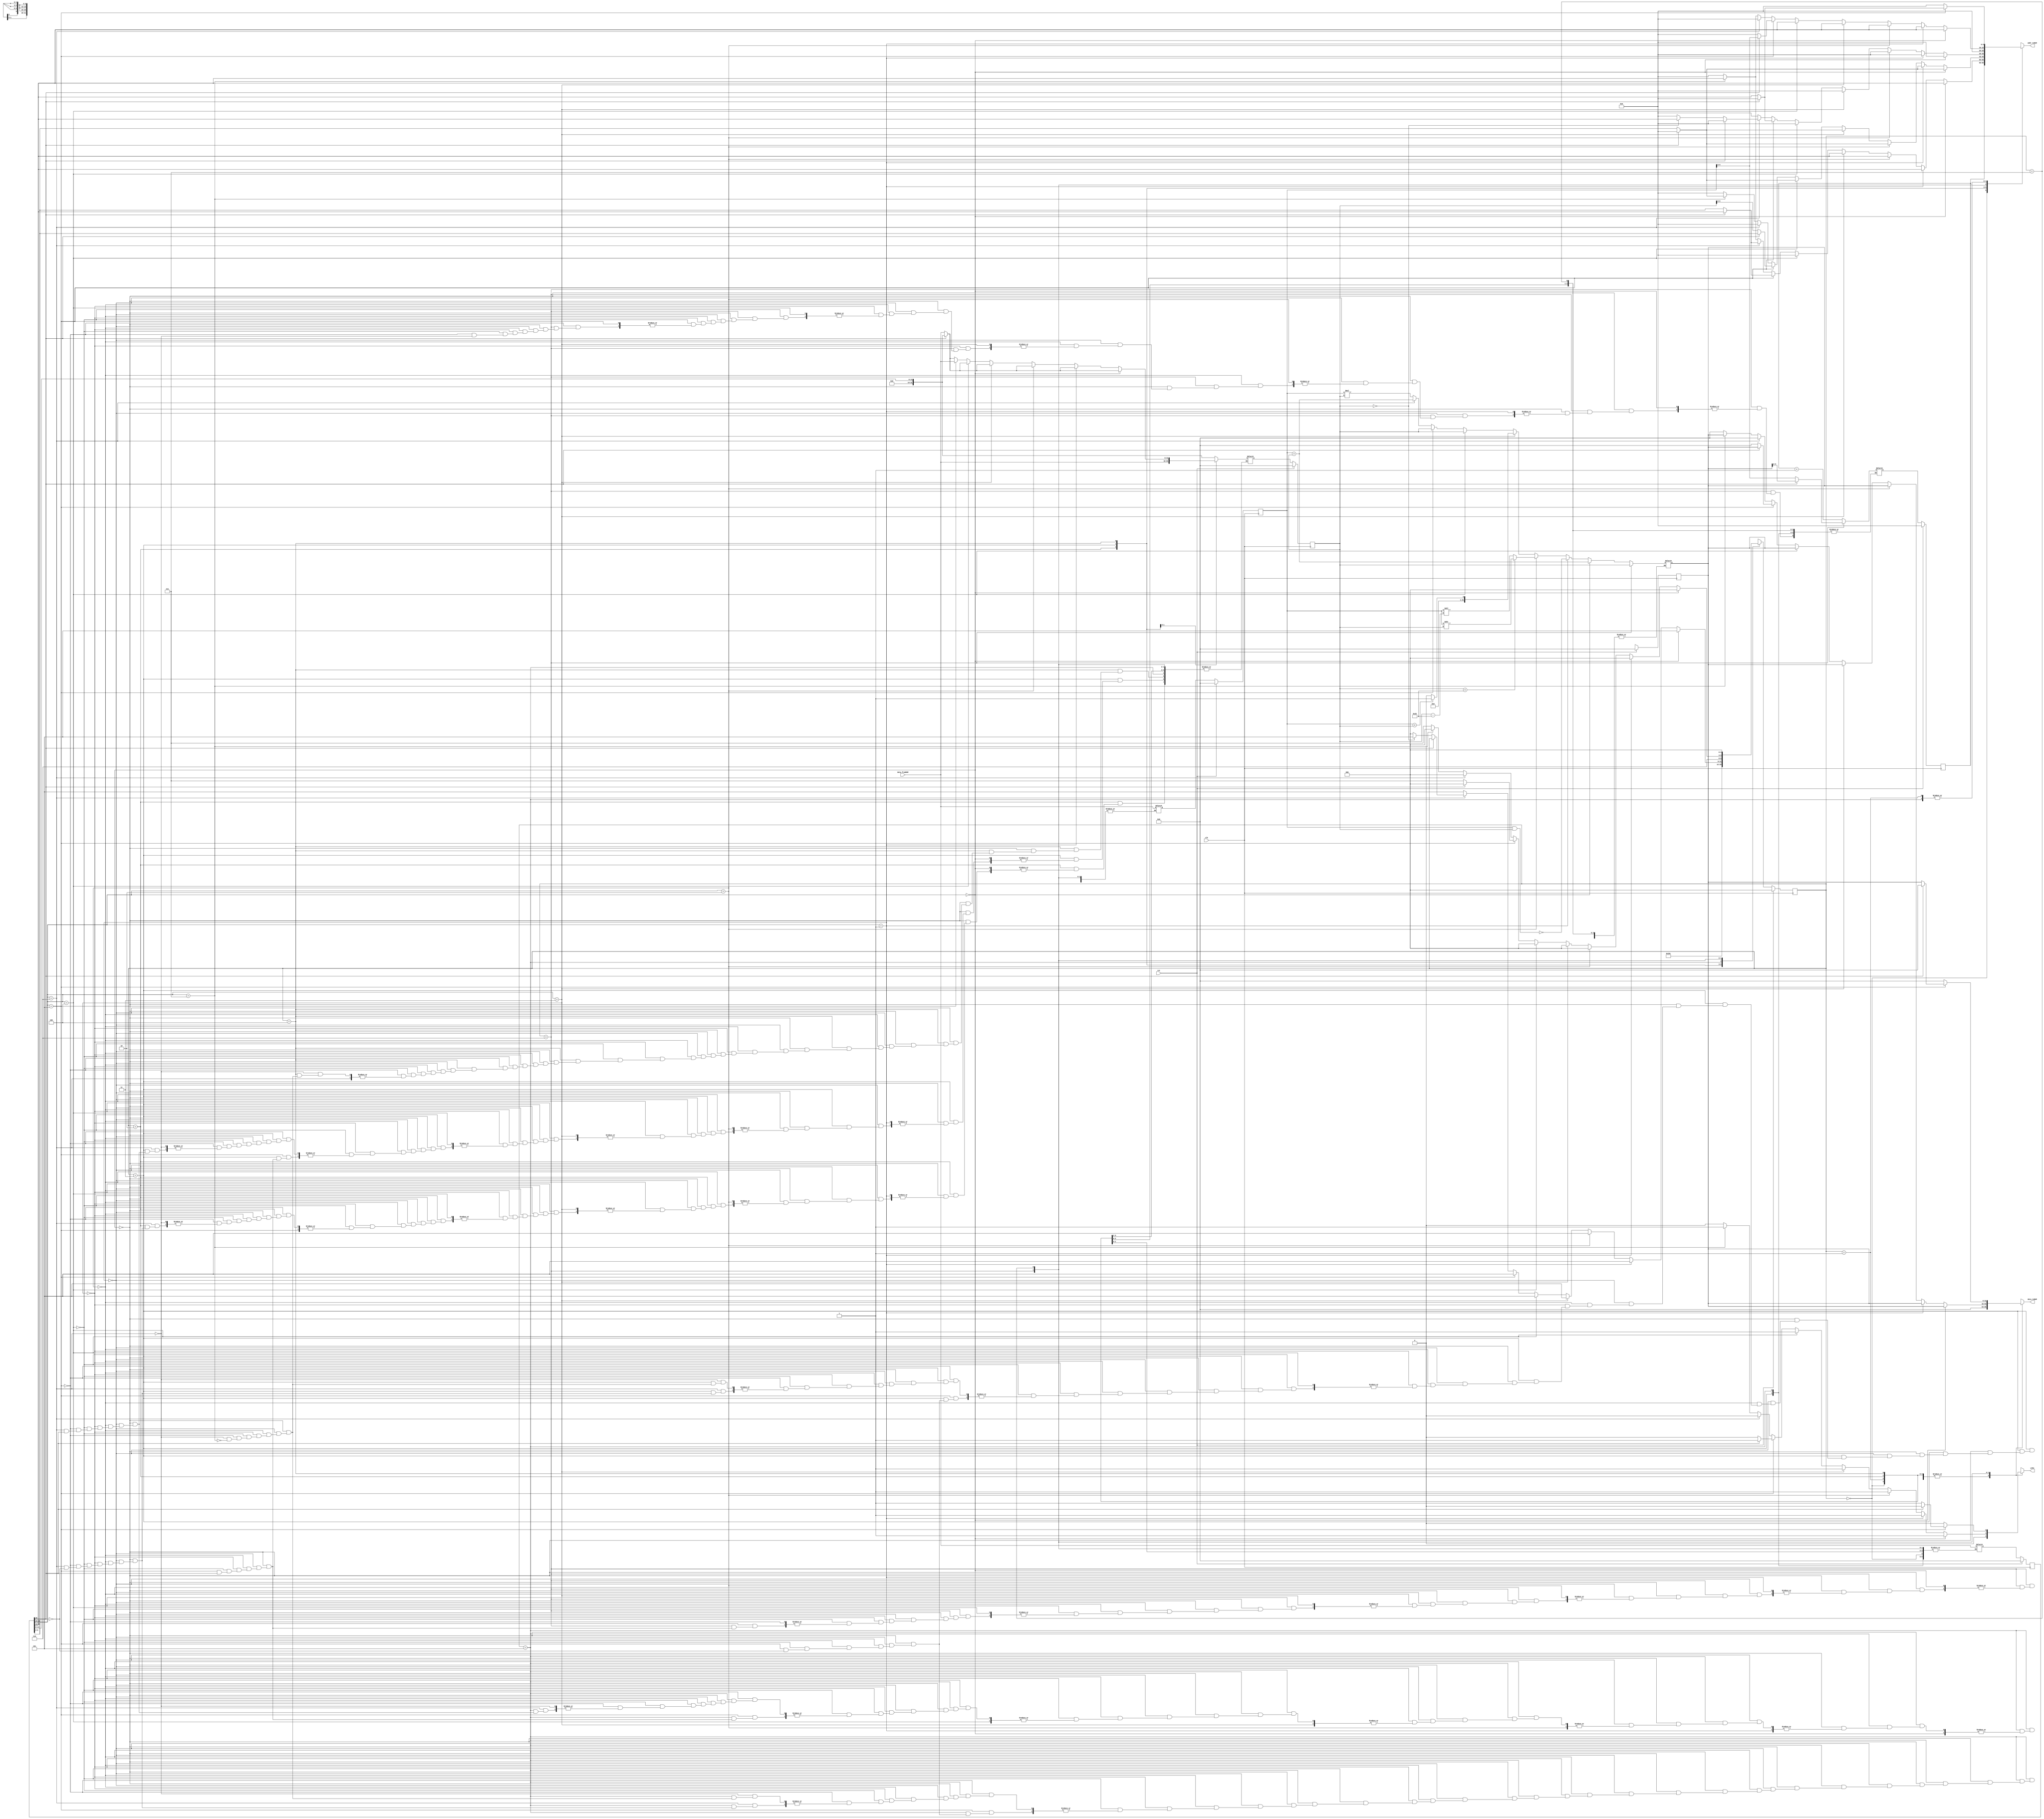

// ==================================================================================================================
// Name        : SimpleCpu
// Version     : 
// Copyright   : Gokhan Gobus
// Description :  Designed a CPU for simple  operations on the fpga chip. 
// =================================================================================================================


`timescale 1ns / 1ps
module SimpleCPU(clk, rst, data_fromRAM, wrEn, addr_toRAM, data_toRAM);

parameter SIZE = 10;

input clk, rst;
input wire [31:0] data_fromRAM;
output reg wrEn;
output reg [SIZE-1:0] addr_toRAM;
output reg [31:0] data_toRAM;



reg [2:0] stateCurrent,stateNext;
reg [31:0] reg1,reg1Next;
reg [31:0] reg2,reg2Next;
reg [31:0] result,resultNext;
reg [31:0] IW,IWNext;
reg [9:0] PC,PCNext;

always@(posedge clk) begin
	if(rst) begin
		stateCurrent <= 3'b000;
		reg1<=0;
		reg2<=0;
		result<=0;
		IW<=0;
		PC<=0;
		//...
	end else begin
		stateCurrent<=stateNext;
		reg1<=reg1Next;
		reg2<=reg2Next;
		result<=resultNext;
		IW<=IWNext;
		PC<=PCNext;
		//...
	end
end

always@(*) begin
	//default values
	addr_toRAM=0;
	data_toRAM=0;
	wrEn=0;
	stateNext=stateCurrent;


	

	case(stateCurrent)
	
		3'b000: begin //program counter
		wrEn=1'b0;
		addr_toRAM=PC;
		PCNext=PC+1'b1;
		stateNext=3'b001;
	end
	3'b001 : begin //get instruction
		IWNext=data_fromRAM;
		
		stateNext=3'b010;
	end
	3'b010 : begin // decode and execute
		if(IW[31:29]==3'b000) begin //add
			// reguest element a
			addr_toRAM=IW[27:14];
			
		end else if(IW[31:29]==3'b001) begin // nand
			//reguest element a
			addr_toRAM=IW[27:14];
		end else if(IW[31:29]==3'b010) begin  //srl
			addr_toRAM=IW[27:14];
		end else if(IW[31:29]==3'b011) begin //lt
			addr_toRAM=IW[27:14];
		end else if(IW[31:29]==3'b100) begin //cp
			
		end else if(IW[31:29]==3'b101) begin //cp
			if(IW[28:28]==1'b1) begin
				addr_toRAM=IW[27:14];
			end else begin 
				addr_toRAM=IW[13:0];
			end
		end else if(IW[31:29]==3'b110) begin //brj
			if(IW[28:28]==1'b1) begin
				reg2Next=IW[13:0];
				addr_toRAM=IW[27:14];
			end else begin 
				addr_toRAM=IW[13:0];
			end
		end else if(IW[31:29]==3'b111) begin //mull
			addr_toRAM=IW[27:14];
		end else begin end

		stateNext=3'b011;
	end
	3'b011 : begin //execute s3
		if(IW[31:29]==3'b000) begin //add
			reg1Next=data_fromRAM;
			if(IW[28:28]==1'b1) begin

			end else begin 
				addr_toRAM=IW[13:0];  //b request
			end
		end else if(IW[31:29]==3'b001) begin // nand
			reg1Next=data_fromRAM;
			if(IW[28:28]==1'b1) begin

			end else begin 
				addr_toRAM=IW[13:0]; //b request
			end
		end else if(IW[31:29]==3'b010) begin  //srl
			reg1Next=data_fromRAM;
			if(IW[28:28]==1'b1) begin

			end else begin 
				addr_toRAM=IW[13:0];
			end
		end else if(IW[31:29]==3'b011) begin //lt
			reg1Next=data_fromRAM;
			if(IW[28:28]==1'b1) begin

			end else begin 
				addr_toRAM=IW[13:0];
			end
		end else if(IW[31:29]==3'b100) begin //cp
			if(IW[28:28]==1'b1) begin
				
			end else begin 
				addr_toRAM=IW[13:0];
			end
		end else if(IW[31:29]==3'b101) begin //cp
			if(IW[28:28]==1'b1) begin
				reg1Next=data_fromRAM;
				addr_toRAM=IW[13:0];
			end else begin 
				reg2Next=data_fromRAM;
				addr_toRAM=reg2[13:0];
			end
		end else if(IW[31:29]==3'b110) begin //brj
			if(IW[28:28]==1'b1) begin
				reg1Next=data_fromRAM;
			end else begin 
				reg2Next=data_fromRAM;
			end
		end else if(IW[31:29]==3'b111) begin //mull
			reg1Next=data_fromRAM;
			if(IW[28:28]==1'b1) begin

			end else begin 
				addr_toRAM=IW[13:0];
			end
		end else begin end

		stateNext=3'b100;
	end
	3'b100 : begin // s4
		if(IW[31:29]==3'b000) begin //add
			if(IW[28:28]==1'b1) begin
				reg2Next={18'd0,IW[13:0]};
			end else begin 
				reg2Next=data_fromRAM;
			end
			stateNext=3'b101;
		end else if(IW[31:29]==3'b001) begin // nand
			if(IW[28:28]==1'b1) begin
				reg2Next={18'd0,IW[13:0]};
			end else begin 
				reg2Next=data_fromRAM;
			end
			stateNext=3'b101;
		end else if(IW[31:29]==3'b010) begin  //srl
			if(IW[28:28]==1'b1) begin
				reg2Next={18'd0,IW[13:0]};
			end else begin 
				reg2Next=data_fromRAM;
			end
			stateNext=3'b101;
		end else if(IW[31:29]==3'b011) begin //lt
			if(IW[28:28]==1'b1) begin
				reg2Next={18'd0,IW[13:0]};
			end else begin 
				reg2Next=data_fromRAM;
			end
			stateNext=3'b101;
		end else if(IW[31:29]==3'b100) begin //cp
			if(IW[28:28]==1'b1) begin
				reg2Next={18'd0,IW[13:0]};
			end else begin 
				reg2Next=data_fromRAM;
			end
			stateNext=3'b101;
		end else if(IW[31:29]==3'b101) begin //cp
			if(IW[28:28]==1'b1) begin
				reg2Next=data_fromRAM;
			end else begin 
				reg2Next=data_fromRAM;
				addr_toRAM=IW[27:14];
			end
			stateNext=3'b101;
		end else if(IW[31:29]==3'b110) begin //brj
			if(IW[28:28]==1'b1) begin
				
			end else begin 
				if(reg2==32'd0) begin
					addr_toRAM=IW[27:14];
					stateNext=3'b101;
				end else begin
					stateNext=3'b000;
				end
			end
		end else if(IW[31:29]==3'b111) begin //mull
			if(IW[28:28]==1'b1) begin
				reg2Next={18'd0,IW[13:0]};
			end else begin 
				reg2Next=data_fromRAM;
			end
			stateNext=3'b101;
		end else begin
			stateNext=3'b101;
		 end

		
	end
	3'b101: begin // s5
		if(IW[31:29]==3'b000) begin //add
			result=reg1+reg2;
		end else if(IW[31:29]==3'b001) begin // nand
			result=~(reg1&reg2);
		end else if(IW[31:29]==3'b010) begin  //srl
			result=(reg2 < 14'd32) ? (reg1 >> reg2):(reg1 << (reg2 - 14'd32));
		end else if(IW[31:29]==3'b011) begin //lt
			result=(reg1 < reg2) ? 32'd1:32'd0;
		end else if(IW[31:29]==3'b100) begin //cp
			result= reg2;
		end else if(IW[31:29]==3'b101) begin //cp
			if(IW[28:28]==1'b1) begin
				result=reg2;
			end else begin 
				reg1Next=data_fromRAM;
			end
		end else if(IW[31:29]==3'b110) begin //brj
			if(IW[28:28]==1'b1) begin
				result=reg1+reg2;
			end else begin 
				reg1Next=data_fromRAM;
			end
		end else if(IW[31:29]==3'b111) begin //mull
			result=reg1*reg2;
		end else begin end

		stateNext=3'b110;
	end
	3'b110: begin // s6
		if(IW[31:29]==3'b000) begin //add
			data_toRAM=result;
			addr_toRAM=IW[27:14];
			wrEn=1'b1;
			//end of addder so
			stateNext=3'b000;
		end else if(IW[31:29]==3'b001) begin // nand
			data_toRAM=result;
			addr_toRAM=IW[27:14];
			wrEn=1'b1;
			//end of nander so
			stateNext=3'b000;
		end else if(IW[31:29]==3'b010) begin  //srl
			data_toRAM=result;
			addr_toRAM=IW[27:14];
			wrEn=1'b1;
			//end of srl so
			stateNext=3'b000;
		end else if(IW[31:29]==3'b011) begin //lt
			data_toRAM=result;
			addr_toRAM=IW[27:14];
			wrEn=1'b1;
			//end of lt so
			stateNext=3'b000;
		end else if(IW[31:29]==3'b100) begin //cp
			data_toRAM=result;
			addr_toRAM=IW[27:14];
			wrEn=1'b1;
			//end of cp so
			stateNext=3'b000;
		end else if(IW[31:29]==3'b101) begin //cp
			if(IW[28:28]==1'b1) begin
					data_toRAM=result;
					addr_toRAM=reg1[13:0];
					wrEn=1'b1;
					//end of cpi so
					stateNext=3'b000;
			end else begin 
					result=reg2;
					stateNext=3'b111;
			end
		end else if(IW[31:29]==3'b110) begin //brj
			if(IW[28:28]==1'b1) begin
				PCNext=result[9:0];
				stateNext=3'b000;
			end else begin 
				PCNext=reg1[9:0];
				stateNext=3'b000;
			end
		end else if(IW[31:29]==3'b111) begin //mull
			data_toRAM=result;
			addr_toRAM=IW[27:14];
			wrEn=1'b1;
			//end of mull so
			stateNext=3'b000;
		end else begin 
			stateNext=3'b111;
		end

		
	end
	3'b111: begin // s7
				
		if(IW[31:29]==3'b101) begin //cp
			if(IW[28:28]==1'b1) begin

			end else begin 
				data_toRAM=result;
				addr_toRAM=IW[27:14];
				wrEn=1'b1;
				//end of cp so
				stateNext=3'b000;
			end
		end else begin end
		stateNext=3'b000;

	end
	default: begin end


	endcase
	end
endmodule